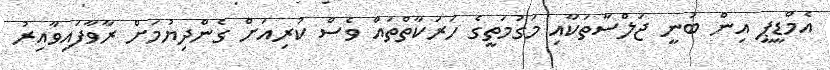
އެމްޑީޕީ އިން ބުނީ ޖަލްސާތަކާއި މަގުމަތީގެ ހަރަކާތްތައް ވެސް ކުރިއަށް ގެންދިޔުމަށް ރާވާފައިވާއިރު